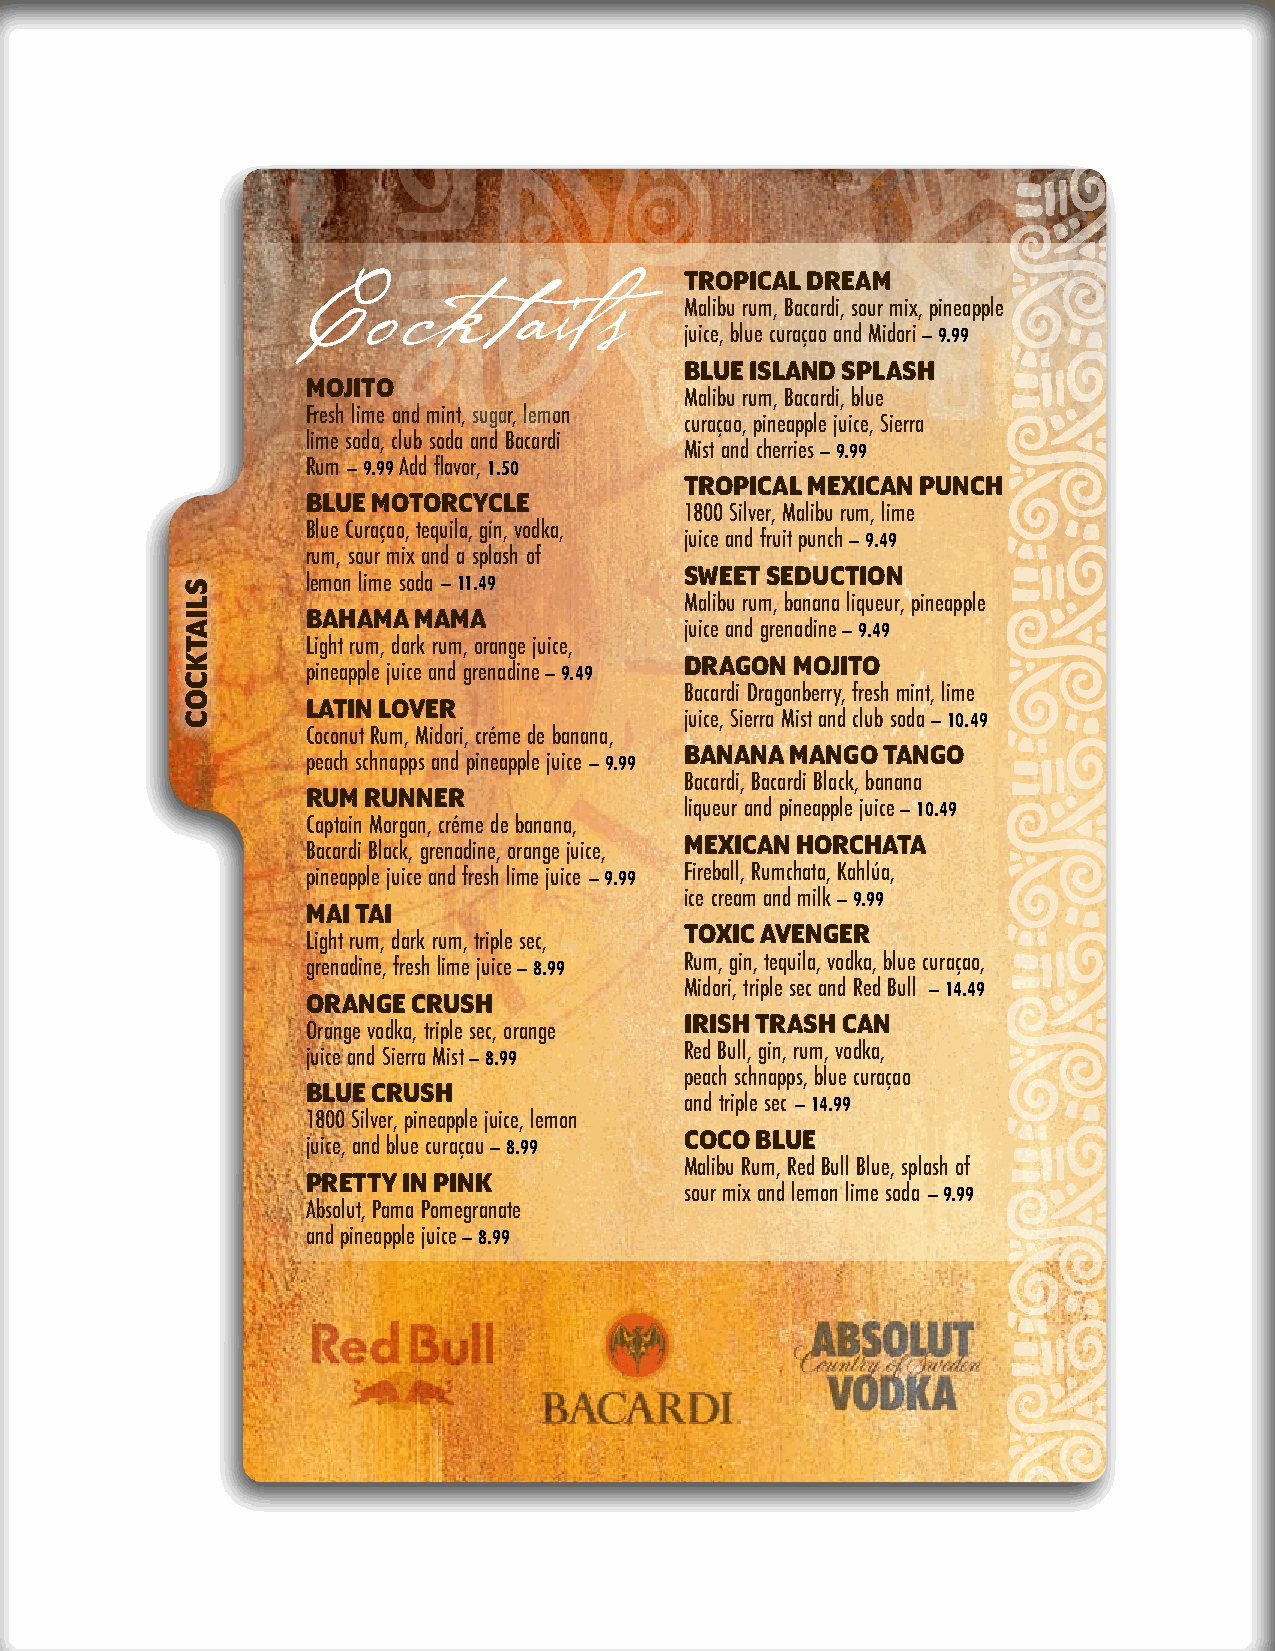
TROPICAL DREAM
 Malibu rum, Bacardi, sour mix, pineapple
 Cocktails                juice, blue curaçao and Midori – 9.99
 BLUE ISLAND SPLASH
 MOJITO
 Malibu rum, Bacardi, blue
 Fresh lime and mint, sugar, lemon
 curaçao, pineapple juice, Sierra
 lime soda, club soda and Bacardi
 Mist and cherries – 9.99
 Rum – 9.99 Add flavor, 1.50
 TROPICAL MEXICAN PUNCH
 BLUE MOTORCYCLE
 1800 Silver, Malibu rum, lime
 Blue Curaçao, tequila, gin, vodka,
 juice and fruit punch – 9.49
 rum, sour mix and a splash of
 SWEET SEDUCTION
 lemon lime soda – 11.49
 Malibu rum, banana liqueur, pineapple
 BAHAMA MAMA
 juice and grenadine – 9.49
 Light rum, dark rum, orange juice,
 DRAGON MOJITO
 pineapple juice and grenadine – 9.49
 Bacardi Dragonberry, fresh mint, lime
 LATIN LOVER
 juice, Sierra Mist and club soda – 10.49
 Coconut Rum, Midori, créme de banana,
 BANANA MANGO TANGO
 peach schnapps and pineapple juice – 9.99
 Bacardi, Bacardi Black, banana
 RUM RUNNER
 liqueur and pineapple juice – 10.49
 Captain Morgan, créme de banana,
 MEXICAN HORCHATA
 Bacardi Black, grenadine, orange juice,
 pineapple juice and fresh lime juice – 9.99 Fireball, Rumchata, Kahlúa,
 ice cream and milk – 9.99
 MAI TAI
 TOXIC AVENGER
 Light rum, dark rum, triple sec,
 grenadine, fresh lime juice – 8.99 Rum, gin, tequila, vodka, blue curaçao,
 Midori, triple sec and Red Bull – 14.49
 ORANGE CRUSH
 IRISH TRASH CAN
 Orange vodka, triple sec, orange
 juice and Sierra Mist – 8.99 Red Bull, gin, rum, vodka,
 peach schnapps, blue curaçao
 BLUE CRUSH
 and triple sec – 14.99
 1800 Silver, pineapple juice, lemon
 COCO BLUE
 juice, and blue curaçau – 8.99
 Malibu Rum, Red Bull Blue, splash of
 PRETTY IN PINK
 sour mix and lemon lime soda – 9.99
 Absolut, Pama Pomegranate
 and pineapple juice – 8.99
 SLIATKCOC